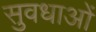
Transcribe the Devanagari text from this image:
सुवधाओं